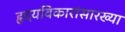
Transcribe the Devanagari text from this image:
हृदयविकारांसारख्या